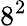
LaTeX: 8^{2}